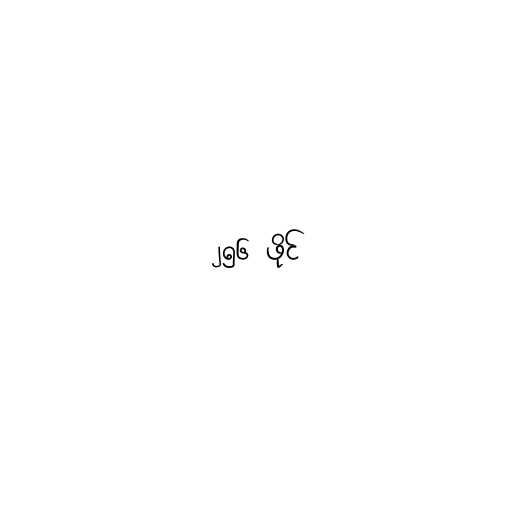
၂၅၆ ဖိုင်